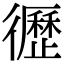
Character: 𢖙